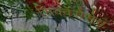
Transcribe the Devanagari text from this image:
सिक्वेंसेसेस